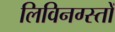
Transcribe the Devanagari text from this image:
लिविनग्स्तों